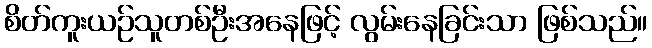
စိတ်ကူးယဉ်သူတစ်ဦးအနေဖြင့် လွမ်းနေခြင်းသာ ဖြစ်သည်။